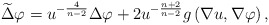
\begin{align*}\widetilde{\Delta }\varphi =u^{-\frac{4}{n-2}}\Delta \varphi +2u^{-\frac{n+2}{n-2}}g\left( \nabla u,\nabla \varphi \right) , \end{align*}